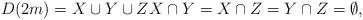
LaTeX: \begin{align*}D(2m)=X \cup Y\cup Z X \cap Y =X \cap Z = Y \cap Z =\emptyset,\end{align*}